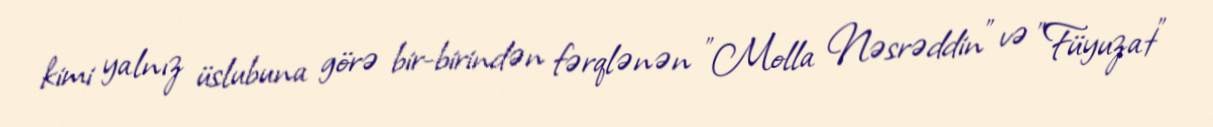
kimi yalnız üslubuna görə bir-birindən fərqlənən "Molla Nəsrəddin" və "Füyuzat"